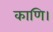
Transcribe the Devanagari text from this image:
काणि।